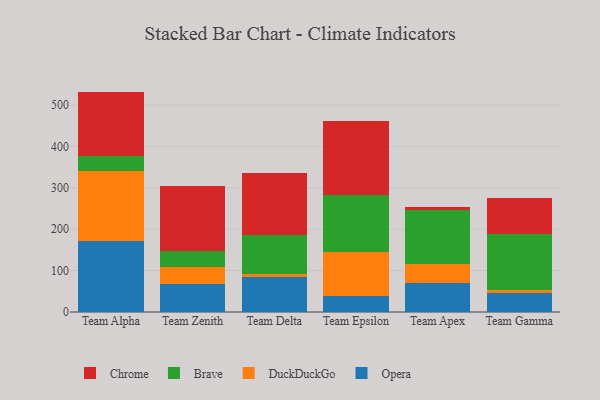
{"axis": {"x": "Team", "y": "Humidity (%)"}, "legend": ["Brave", "Chrome", "DuckDuckGo", "Opera"], "data": [{"x": "Team Alpha", "y": 172.7, "type": "Opera"}, {"x": "Team Alpha", "y": 168.6, "type": "DuckDuckGo"}, {"x": "Team Alpha", "y": 35.0, "type": "Brave"}, {"x": "Team Alpha", "y": 156.2, "type": "Chrome"}, {"x": "Team Zenith", "y": 66.9, "type": "Opera"}, {"x": "Team Zenith", "y": 40.9, "type": "DuckDuckGo"}, {"x": "Team Zenith", "y": 40.6, "type": "Brave"}, {"x": "Team Zenith", "y": 156.6, "type": "Chrome"}, {"x": "Team Delta", "y": 83.5, "type": "Opera"}, {"x": "Team Delta", "y": 8.0, "type": "DuckDuckGo"}, {"x": "Team Delta", "y": 95.4, "type": "Brave"}, {"x": "Team Delta", "y": 147.9, "type": "Chrome"}, {"x": "Team Epsilon", "y": 39.0, "type": "Opera"}, {"x": "Team Epsilon", "y": 106.9, "type": "DuckDuckGo"}, {"x": "Team Epsilon", "y": 135.6, "type": "Brave"}, {"x": "Team Epsilon", "y": 179.1, "type": "Chrome"}, {"x": "Team Apex", "y": 69.4, "type": "Opera"}, {"x": "Team Apex", "y": 47.4, "type": "DuckDuckGo"}, {"x": "Team Apex", "y": 130.7, "type": "Brave"}, {"x": "Team Apex", "y": 5.4, "type": "Chrome"}, {"x": "Team Gamma", "y": 46.0, "type": "Opera"}, {"x": "Team Gamma", "y": 7.8, "type": "DuckDuckGo"}, {"x": "Team Gamma", "y": 135.7, "type": "Brave"}, {"x": "Team Gamma", "y": 86.5, "type": "Chrome"}]}